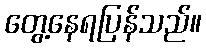
တွေ့နေရပြန်သည်။